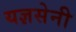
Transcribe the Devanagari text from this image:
यज्ञसेनी